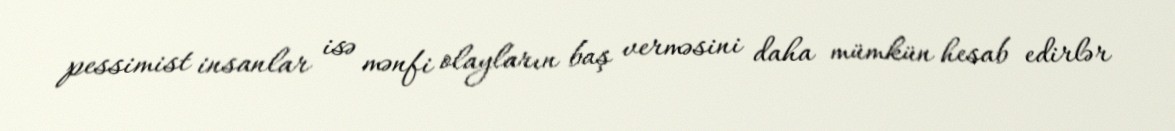
pessimist insanlar isə mənfi olayların baş verməsini daha mümkün hesab edirlər